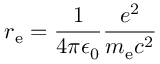
r _ { \mathrm { e } } = { \frac { 1 } { 4 \pi \epsilon _ { 0 } } } { \frac { e ^ { 2 } } { m _ { \mathrm { e } } c ^ { 2 } } }